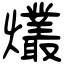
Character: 爜